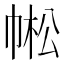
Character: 𢃓